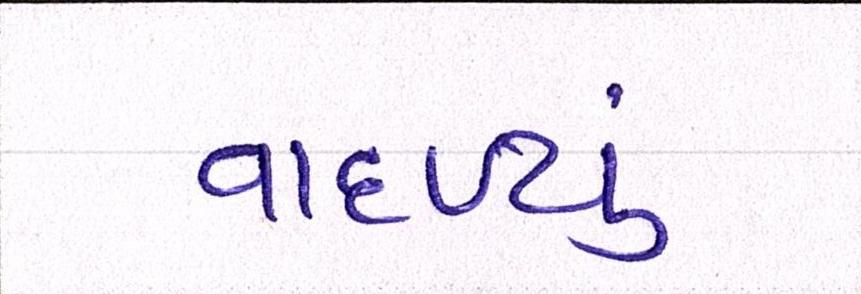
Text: વાદળ્યું